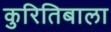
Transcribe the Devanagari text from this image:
कुरितिबाला